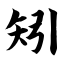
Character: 矧